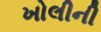
ખોલીની